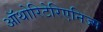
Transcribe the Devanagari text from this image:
ऑथोरिटेरिएनिज्म